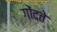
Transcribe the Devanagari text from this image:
गोंदते